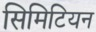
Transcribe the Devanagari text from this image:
सिमिटियन